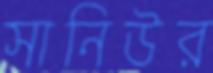
সানিউর